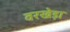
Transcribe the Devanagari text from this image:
वरखेड़ा